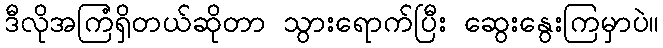
ဒီလိုအကြံရှိတယ်ဆိုတာ သွားရောက်ပြီး ဆွေးနွေးကြမှာပဲ။